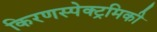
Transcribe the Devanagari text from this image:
किरणस्पेक्ट्रमिकी